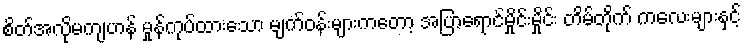
စိတ်အလိုမကျဟန် မှုန်ကုပ်ထားသော မျက်ဝန်းများကတော့ အပြာရောင်မှိုင်းမှိုင်း တိမ်တိုက် ကလေးများနှင့်